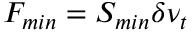
F _ { m i n } = S _ { m i n } \delta \nu _ { t }